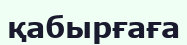
қабырғаға